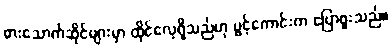
စားသောက်ဆိုင်များမှာ ထိုင်လေ့ရှိသည်ဟု ပွင့်ကောင်းက ပြောဖူးသည်။